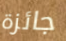
جائزة